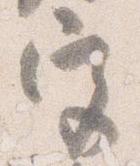
宮